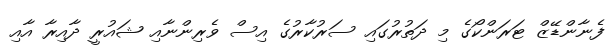
ފެނާންޑޭޒް ޓަރަންކޯގެ މި ދަތުރުގައި ސަރުކާރުގެ އިސް ވެރިންނާއި ޝައުރީ ދާއިރާ އާއި